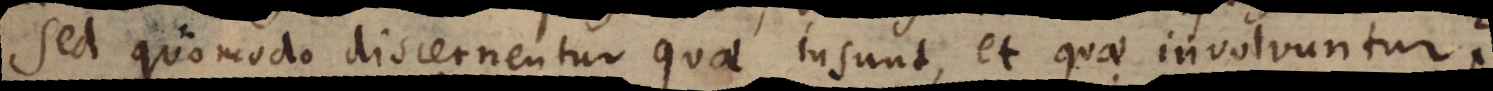
quomodo discernentur quae insunt, et quae involvuntur